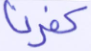
كفرنا